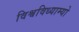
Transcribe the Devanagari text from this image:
विश्वविध्याम्यो